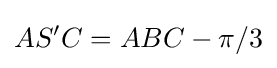
AS'C=ABC-\pi /3